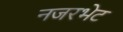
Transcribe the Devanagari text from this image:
नजरभेट